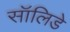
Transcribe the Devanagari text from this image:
सॉलिडे